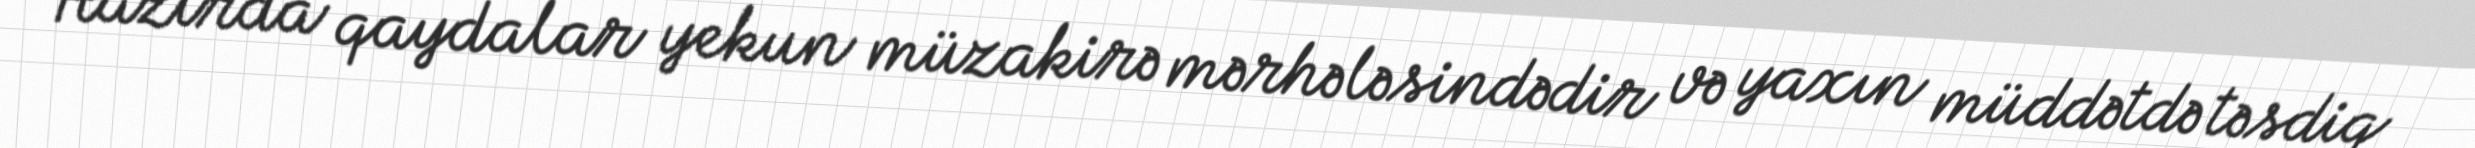
Hazırda qaydalar yekun müzakirə mərhələsindədir və yaxın müddətdə təsdiq